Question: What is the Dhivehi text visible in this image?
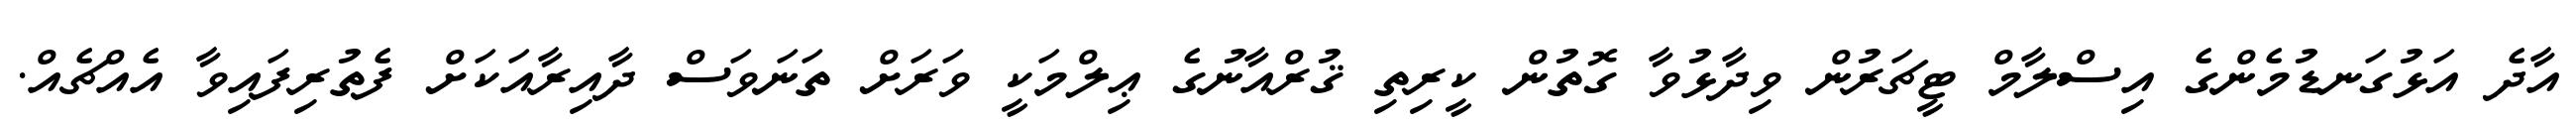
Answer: އާދެ އަޅުގަނޑުމެންގެ އިސްލާމް ޓީޗަރުން ވިދާޅުވާ ގޮތުން ކީރިތި ޤުރްއާނުގެ ޢިލްމަކީ ވަރަށް ތަނަވަސް ދާއިރާއަކަށް ފެތުރިފައިވާ އެއްޗެއް.